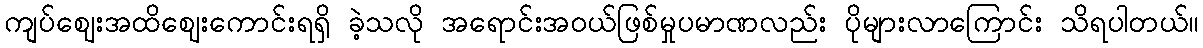
ကျပ်ဈေးအထိဈေးကောင်းရရှိ ခဲ့သလို အရောင်းအဝယ်ဖြစ်မှုပမာဏလည်း ပိုများလာကြောင်း သိရပါတယ်။